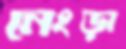
নেংড়া